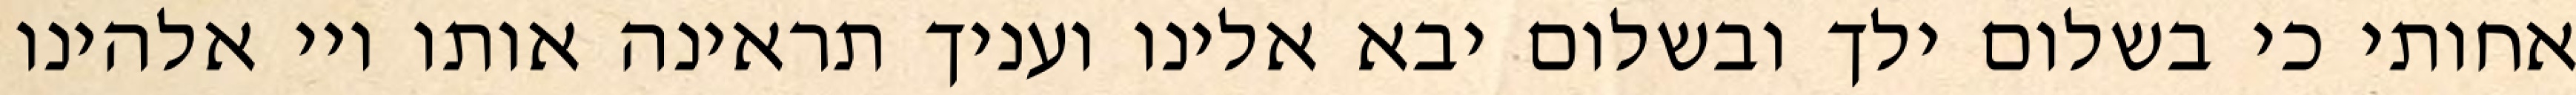
אחותי כי בשלום ילך ובשלום יבא אלינו ועניך תראינה אותו ויי אלהינו